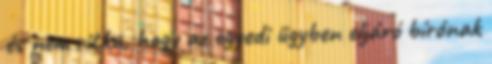
és nem ritka, hogy az egyedi ügyben eljáró bírónak